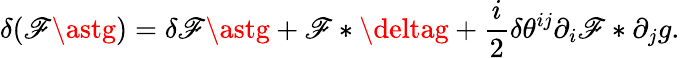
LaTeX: \delta(\mathscr{F}\astg)=\delta\mathscr{F}\astg+\mathscr{F}\ast\deltag+\frac{{i}}{{2}}\delta\theta^{ij}\partial_{i}\mathscr{F}\ast\partial_{j}g.